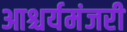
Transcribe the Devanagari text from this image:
आश्चर्यमंजरी